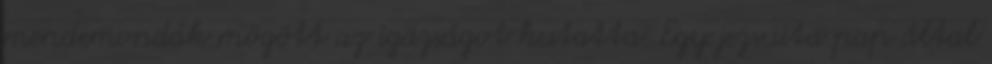
mendemondák mögött az igazságot kutatta. Egy jezsuita pap által